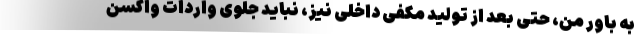
به باور من، حتی بعد از تولید مکفی داخلی نیز، نباید جلوی واردات واکسن